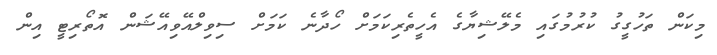
މިކަން ތަހުގީގު ކުރުމުގައި މެލޭޝިޔާގެ އެހީތެރިކަމަށް ހޯދާނެ ކަމަށް ސިވިލްއޭވިއޭޝަން އޮތޯރިޓީ އިން